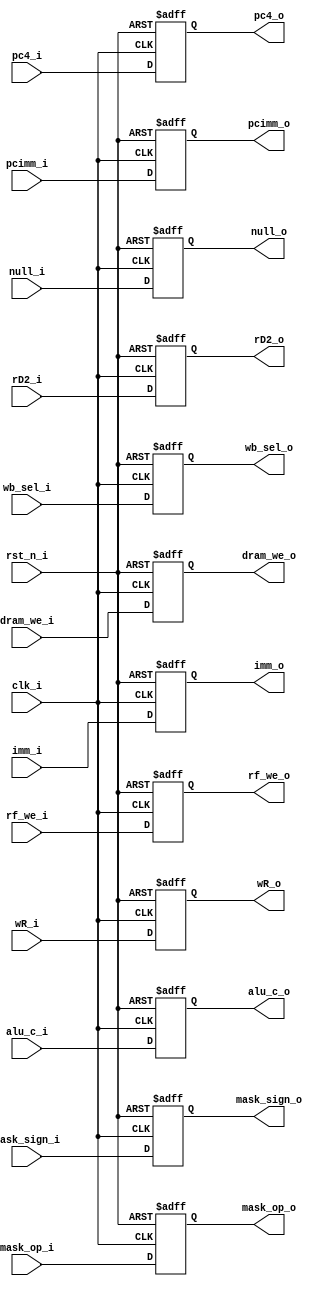
module  ex_dmem(
// 
input               rst_n_i,
input               clk_i,
input       [31:0]  alu_c_i,
input       [31:0]  rD2_i,
input       [31:0]  pc4_i,
input       [31:0]  pcimm_i,
input       [31:0]  imm_i,
input       [4 :0]  wR_i,
output  reg [4 :0]  wR_o,
output  reg [31:0]  alu_c_o,
output  reg [31:0]  rD2_o,
output  reg [31:0]  pc4_o,
output  reg [31:0]  pcimm_o,
output  reg [31:0]  imm_o,
// 
input       [1:0]   mask_op_i,
input               mask_sign_i,
input               dram_we_i,
input       [2:0]   wb_sel_i,
input               rf_we_i,
output  reg [1:0]   mask_op_o,
output  reg         mask_sign_o,
output  reg         dram_we_o,
output  reg [2:0]   wb_sel_o,
output  reg         rf_we_o,
input               null_i,
output  reg         null_o
);

always@(posedge clk_i or negedge rst_n_i) begin
    if (~rst_n_i) begin
        alu_c_o  <= 32'b0;
        rD2_o    <= 32'b0;
        pc4_o    <= 32'b0;
        pcimm_o  <= 32'b0;
        imm_o    <= 32'b0;
        mask_op_o<=  2'b0;
        mask_sign_o<=  1'b0;
        dram_we_o<=  1'b0;
        wb_sel_o <=  3'b0;
        rf_we_o  <=  1'b0;
        wR_o     <=  5'b0;
        null_o   <=  1'b1;
    end
    else begin
        alu_c_o  <= alu_c_i;
        rD2_o    <= rD2_i;  
        pc4_o    <= pc4_i;  
        pcimm_o  <= pcimm_i;
        imm_o    <= imm_i;  
        mask_op_o<= mask_op_i;
        mask_sign_o<=mask_sign_i;   
        dram_we_o<= dram_we_i;
        wb_sel_o <= wb_sel_i; 
        rf_we_o  <= rf_we_i;  
        wR_o     <= wR_i;
        null_o   <= null_i;
    end
end

endmodule